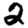
Digit: 2